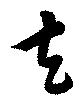
去